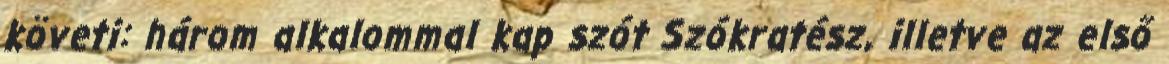
követi: három alkalommal kap szót Szókratész, illetve az első